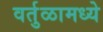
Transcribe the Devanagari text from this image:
वर्तुळामध्ये